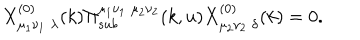
LaTeX: X _ { \mu _ { 1 } \nu _ { 1 } \; \lambda } ^ { ( 0 ) } ( k ) \Pi _ { s u b } ^ { \mu _ { 1 } \nu _ { 1 } \; \mu _ { 2 } \nu _ { 2 } } ( k , u ) X _ { \mu _ { 2 } \nu _ { 2 } \; \delta } ^ { ( 0 ) } ( k ) = 0 .